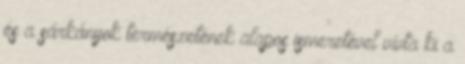
és a sárkányok természetének alapos ismeretével vívta ki a